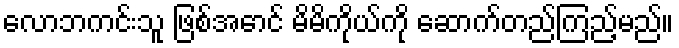
လောဘကင်းသူ ဖြစ်အောင် မိမိကိုယ်ကို ဆောက်တည်ကြည့်မည်။